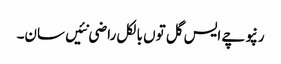
رنپوچے ایس گل توں بالکل راضی نئیں سان۔